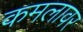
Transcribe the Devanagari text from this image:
कमलावर